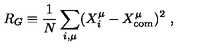
R _ { G } \equiv \frac { 1 } { N } \sum _ { i , \mu } ( X _ { i } ^ { \mu } - X _ { \mathrm { { c o m } } } ^ { \mu } ) ^ { 2 } \ , \protect